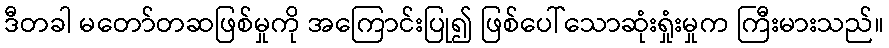
ဒီတခါ မတော်တဆဖြစ်မှုကို အကြောင်းပြု၍ ဖြစ်ပေါ်သောဆုံးရှုံးမှုက ကြီးမားသည်။